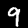
Label: 9